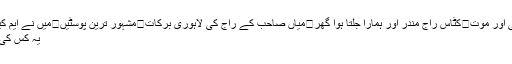
میری ڈیجیٹل زندگی اور موت	کٹاس راج مندر اور ہمارا جلتا ہوا گھر	میاں صاحب کے راج کی لاہوری برکات	مشہور ترین پوسٹیں	میں نے ایم کیو ایم چھوڑ دی ہے
یہ کس کی نشانی مٹا دی ہے؟